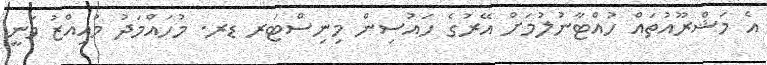
އެ މަޝްރޫއުތައް ހުއްޓާނުލުމަށް އޭރުގެ ހައުސިން މިނިސްޓަރ ޑރ. މުހައްމަދު މުއިއްޒު ވަނީ